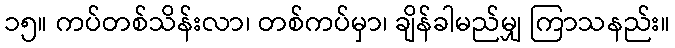
၁၅။ ကပ်တစ်သိန်းလာ၊ တစ်ကပ်မှာ၊ ချိန်ခါမည်မျှ ကြာသနည်း။